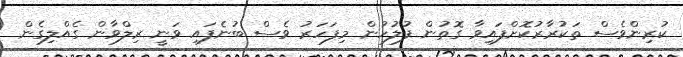
ކުރިންވެސް ތަކުރާރުކޮށްފައިވާ ގޮތުން ފުލުހުން މިފަހަރު ވެސް ބުނެފައި ވަނީ ރިލްވާން ގެއްލިގެން